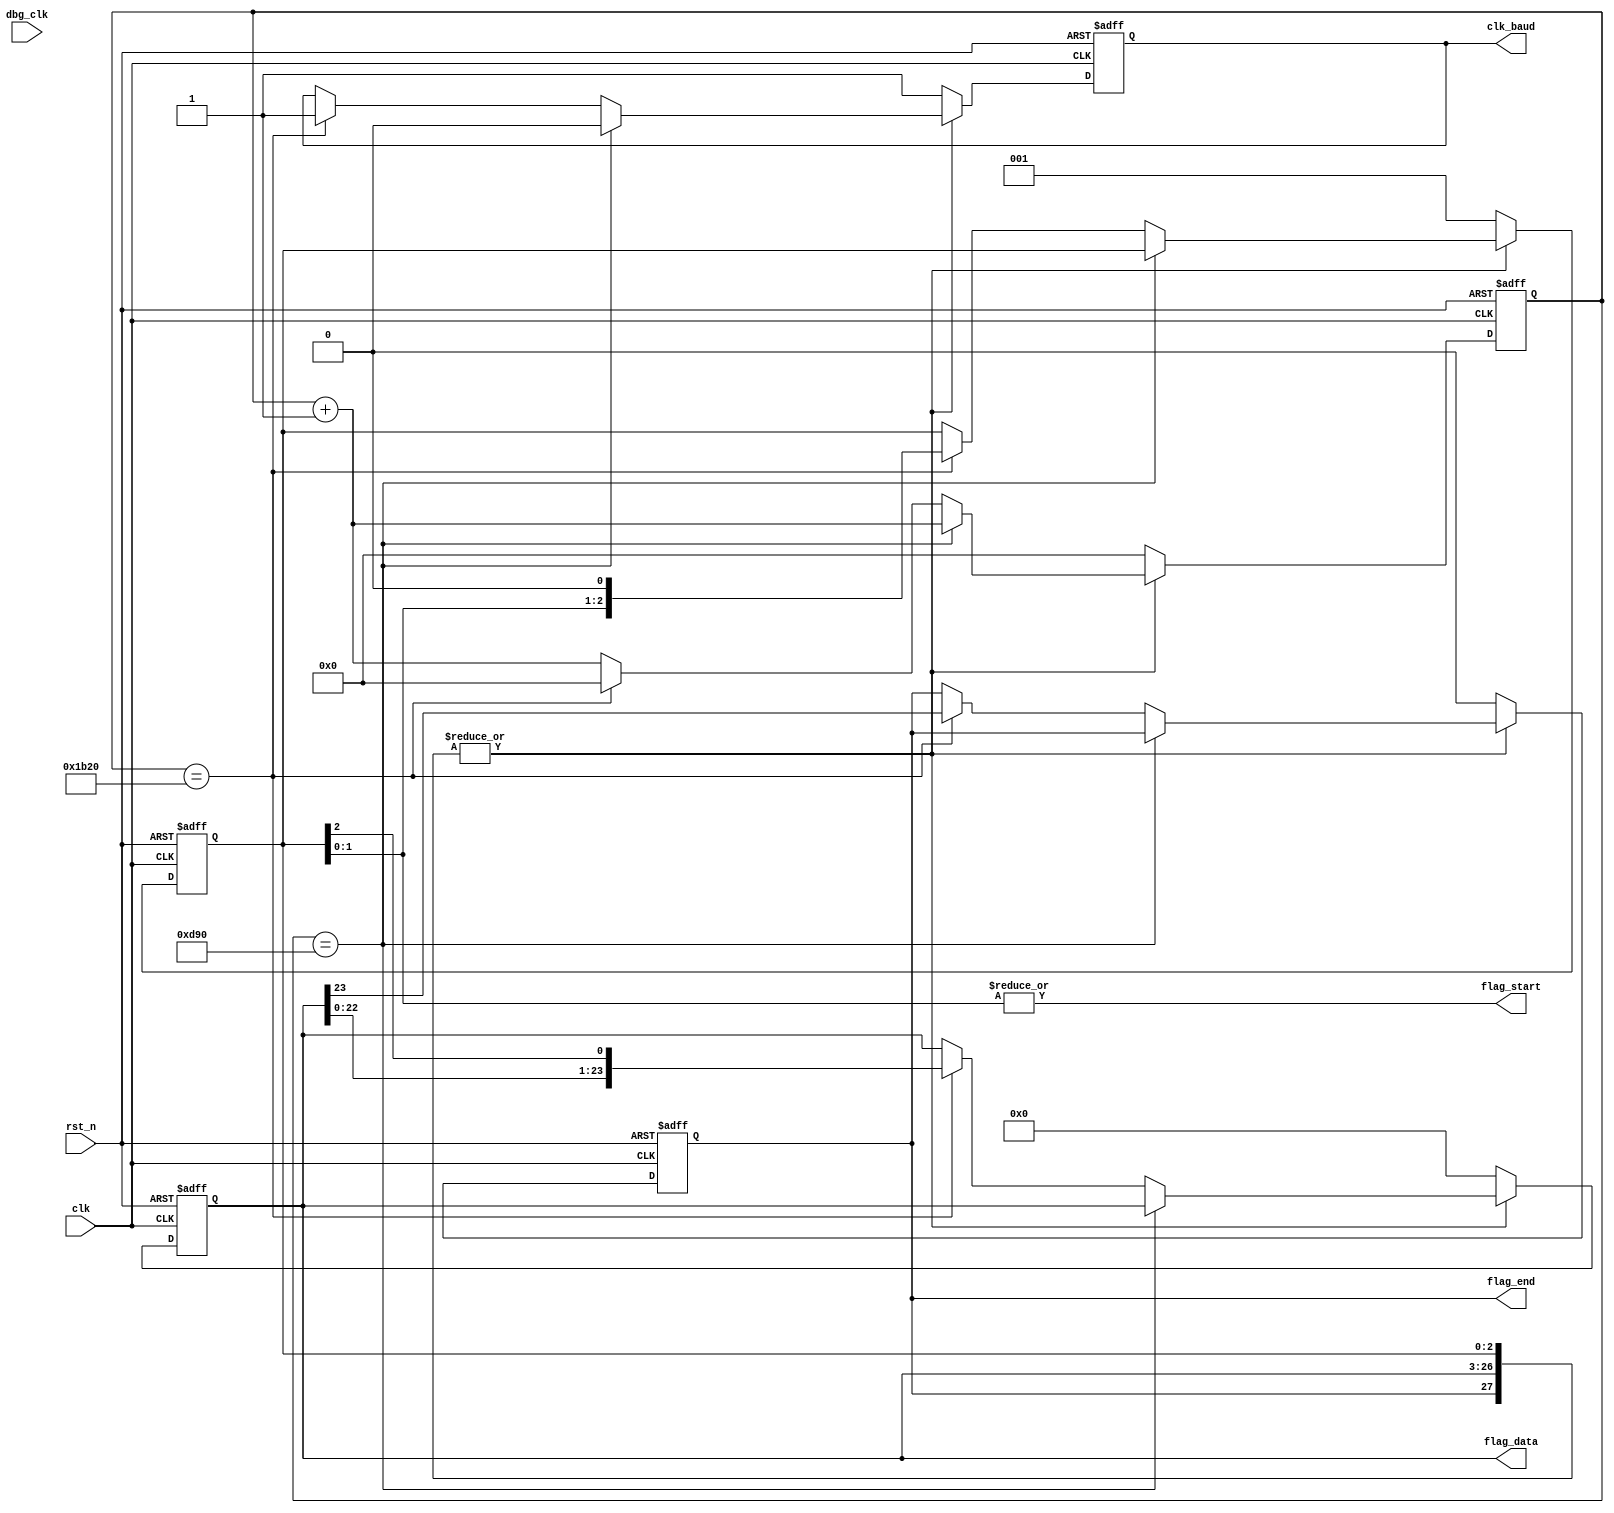
`timescale 1ns / 1ps

module UART_BAUD
#(
    parameter CLK_FREQ = 200_000_000,
    parameter BAUDRATE = 9600
)
(
    input   clk,
    input   rst_n,
    output  clk_baud,
    output  flag_start,
    output  [23:0] flag_data,
    output  flag_end,
    
    input   dbg_clk
    );
    
    localparam CNT_PER_6T_BAUD = CLK_FREQ / (BAUDRATE * 6);
    localparam CNT_PER_3T_BAUD = CLK_FREQ / (BAUDRATE * 3);
    localparam CNT_PER_2T_BAUD = CLK_FREQ / (BAUDRATE * 2);
    localparam CNT_PER_1T_BAUD = CLK_FREQ / (BAUDRATE * 1);
    
    reg [17:0] cnt_clk = 18'b0;
    reg r_clk_baud = 1'b0;
    reg [2:0] r_flag_start = 3'b0;
    reg [23:0] r_flag_data = 24'b0;
    reg r_flag_end = 1'b0;
    
    assign clk_baud = r_clk_baud;
    assign flag_start = |r_flag_start[1:0];
    assign flag_data = r_flag_data;
    assign flag_end = r_flag_end;
    
    integer i;
    
    always @(posedge clk or negedge rst_n) begin
        if (~rst_n) begin
            r_clk_baud <= 1'b0;
            cnt_clk <= 18'b0;
            r_flag_start <= 3'b0;
            r_flag_data <= 24'b0;
            r_flag_end <= 1'b0;
        end else if (~|({ r_flag_end, r_flag_data, r_flag_start })) begin
            r_clk_baud <= 1'b1;
            r_flag_start <= 3'b1;
            r_flag_data <= 24'b0;
            r_flag_end <= 1'b0;
            cnt_clk <= 18'b0;
        end else begin
            if (cnt_clk == CNT_PER_6T_BAUD) begin
                r_clk_baud <= 1'b0;
                cnt_clk <= cnt_clk + 1;
            end else if (cnt_clk == CNT_PER_3T_BAUD) begin
                r_clk_baud <= 1'b1;
                { r_flag_end, r_flag_data, r_flag_start } <= { r_flag_end, r_flag_data, r_flag_start } << 1;
                cnt_clk <= 0;
            end else begin
                cnt_clk <= cnt_clk + 1;
            end
        end
    end

endmodule